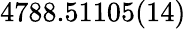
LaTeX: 4788.51105(14)